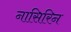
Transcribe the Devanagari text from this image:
नासिरिन